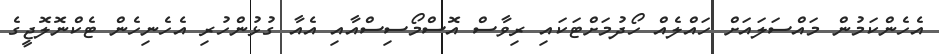
އެހެންކަމުން މައްސަލައަށް ހައްލެއް ހޯދުމަށްޓަކައި ރިވާސް އޮސްމޯސިސްއާއި އެއާ ގުޅުންހުރި އެހެނިހެން ޓެކްނޮލޮޖީގެ